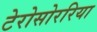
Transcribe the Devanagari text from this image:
टेरोसोररिया